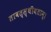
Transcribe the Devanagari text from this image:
तावत्स्थीयताम्।